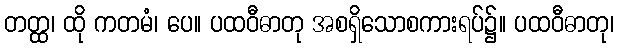
တတ္ထ၊ ထို ကတမံ၊ ပေ။ ပထဝီဓာတု အစရှိသောစကားရပ်၌။ ပထဝီဓာတု၊